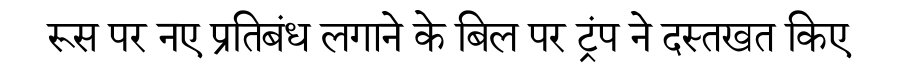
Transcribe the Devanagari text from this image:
रूस पर नए प्रतिबंध लगाने के बिल पर ट्रंप ने दस्तखत किए